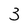
Character: 3